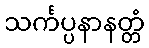
သင်္ကပ္ပနာနတ္တံ